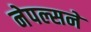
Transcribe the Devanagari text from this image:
नेपल्सने